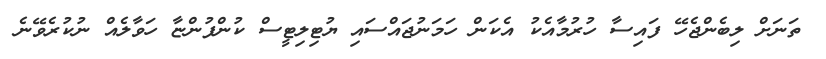
ތަނަށް ލިބެންޖެހޭ ފައިސާ ހުރުމާއެކު އެކަން ހަމަނުޖައްސައި ޔުޓިލިޓީސް ކުންފުންޏާ ހަވާލެއް ނުކުރެވޭނެ